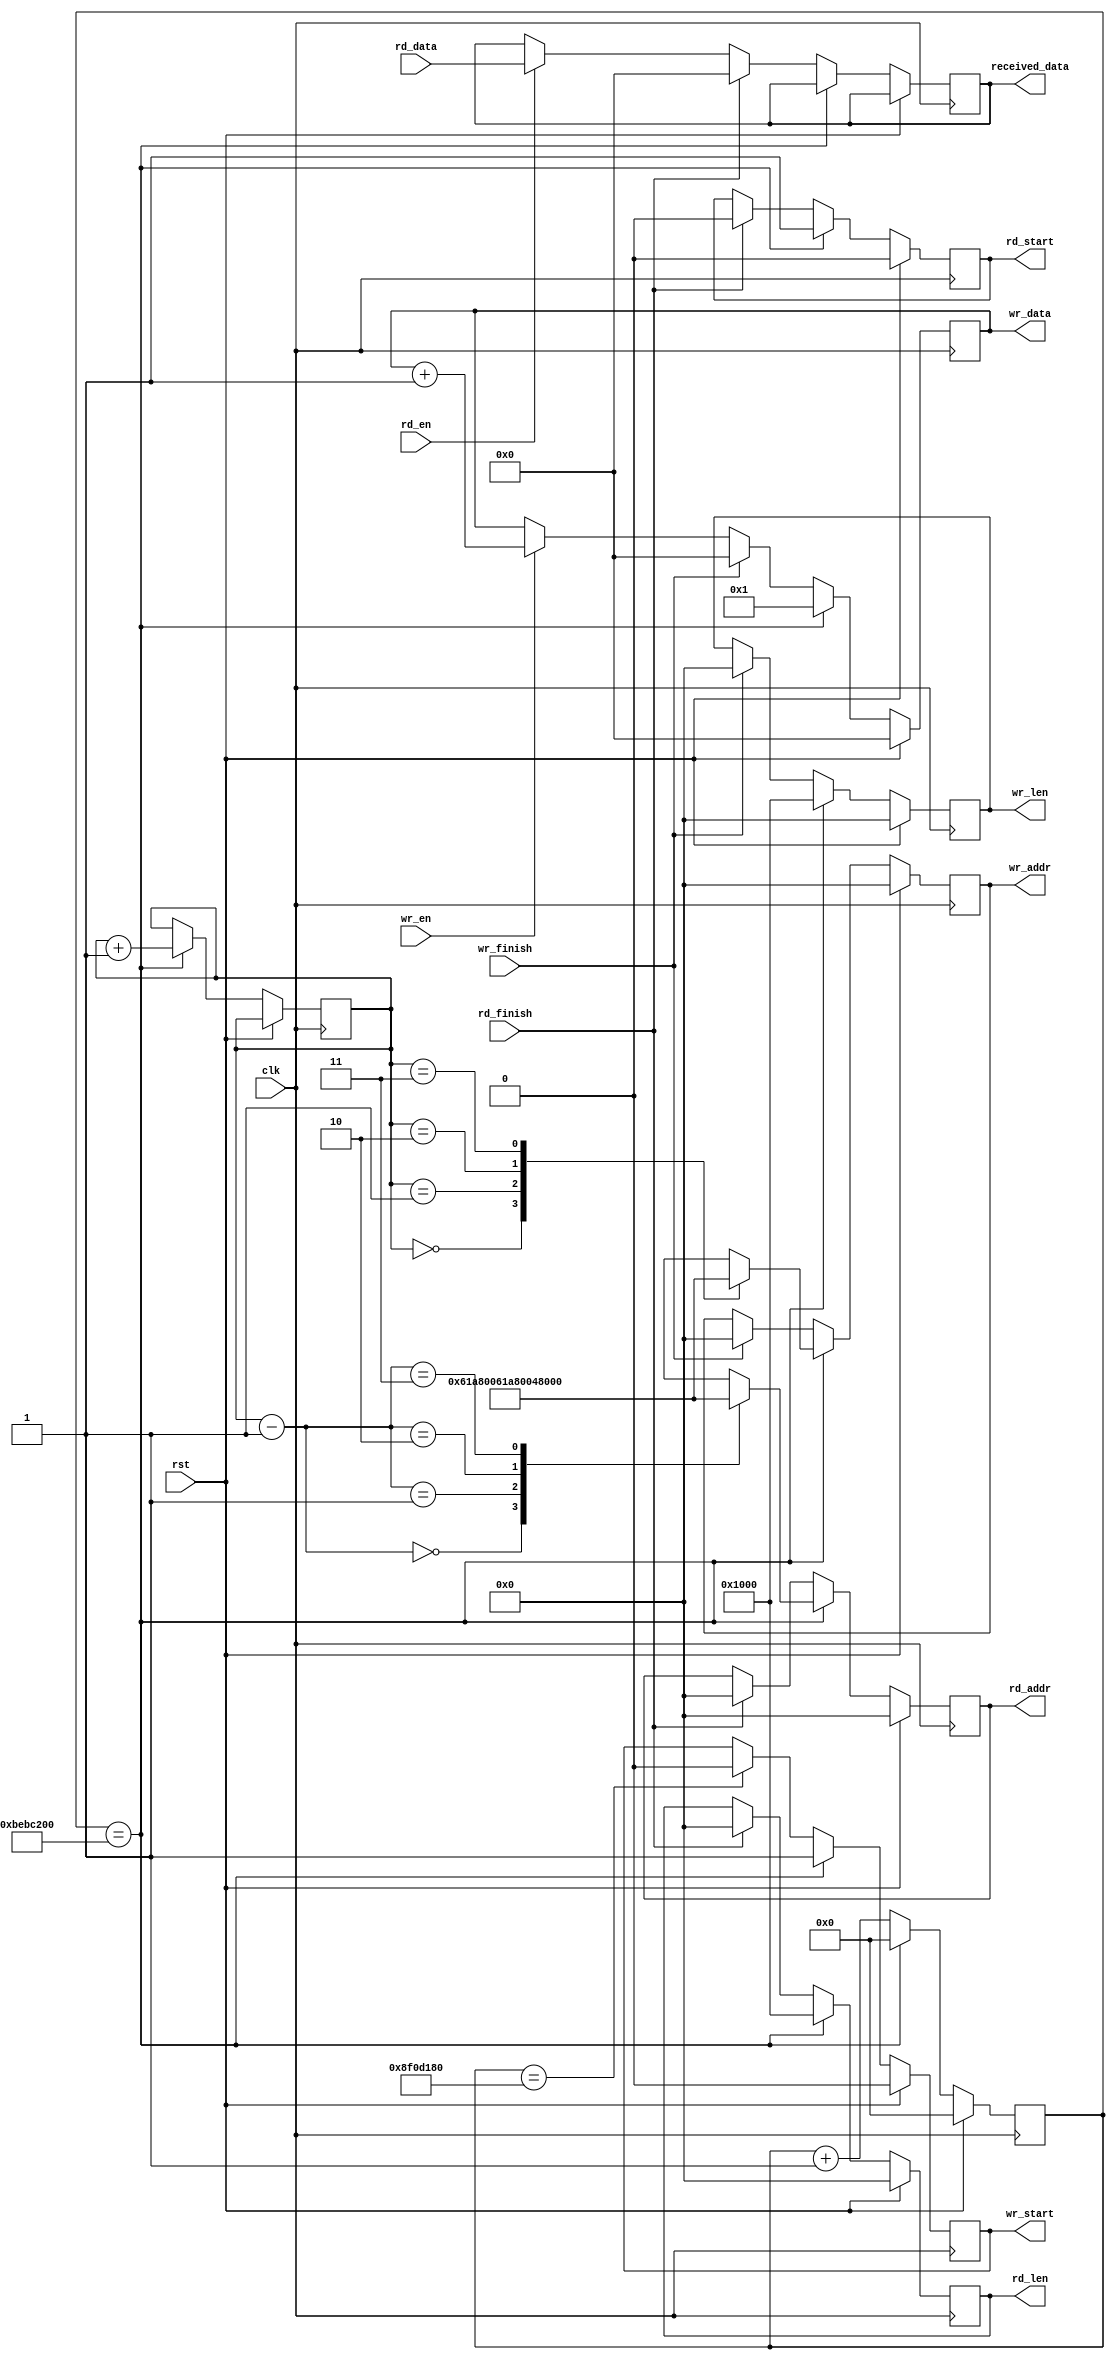
module DDR_test_input
#(
    parameter MEM_DATA_BITS          = 64,
    parameter READ_DATA_BITS         = 16,
    parameter WRITE_DATA_BITS        = 16,
    parameter ADDR_BITS              = 25,
    parameter BUSRT_BITS             = 10,
    parameter BURST_SIZE             = 64
)   
(
    input                                     clk,
    input                                     rst,


    output reg                                wr_start,
    output reg[ADDR_BITS - 1:0]               wr_addr,
    output reg[ADDR_BITS - 1:0]               wr_len,
    input                                     wr_en,
    output reg[WRITE_DATA_BITS - 1:0]         wr_data,
    input                                     wr_finish,


    output reg                                rd_start,
    output reg[ADDR_BITS - 1:0]               rd_addr,
    output reg[ADDR_BITS - 1:0]               rd_len,
    input                                     rd_en,
    input[WRITE_DATA_BITS - 1:0]              rd_data,
    input                                     rd_finish,

    output reg[WRITE_DATA_BITS - 1:0]         received_data
);
parameter  WR_RD_LEN = 25'd4096;

//
reg[ADDR_BITS - 1:0]   wr_addr_0 = 25'd0;
reg[ADDR_BITS - 1:0]   wr_addr_1 = 25'd100_000;
reg[ADDR_BITS - 1:0]   wr_addr_2 = 25'd200_000;
reg[ADDR_BITS - 1:0]   wr_addr_3 = 25'd300_000;
reg[1:0]               wr_addr_index = 2'd0;               


reg   [49:0]loop_cnt = 0;
always@(posedge clk)
begin
    if(rst)begin
        wr_start <= 0;
        loop_cnt <= 50'd0;
    end
    else if(loop_cnt == 50'd200_000_000)begin
        loop_cnt <= 50'd0;
        wr_start <= 1;
    end
    else if(loop_cnt == 50'd150_000_000)begin
        wr_start <= 0;
        loop_cnt <= loop_cnt + 50'd1;
    end
    else  
        loop_cnt <= loop_cnt + 50'd1;
end

always@(posedge clk)
begin
    if(rst)begin
        //wr_start <= 0;
        wr_addr <= 25'd0;
        wr_len <= 25'd0;
        wr_data <= 16'd0;
    end
    else if(loop_cnt == 50'd200_000_000)begin
        //wr_start <= 1;
        case(wr_addr_index)
            2'd0:   wr_addr <= wr_addr_0;
            2'd1:   wr_addr <= wr_addr_1;
            2'd2:   wr_addr <= wr_addr_2;
            2'd3:   wr_addr <= wr_addr_3;
        endcase
        wr_addr_index <= wr_addr_index + 2'd1; 
        wr_len <= WR_RD_LEN;
        wr_data <= 16'd1;
    end
    else if(wr_finish)begin
        //wr_start <= 0;
        wr_addr <= 25'd0;
        wr_len <= 25'd0;
        wr_data <= 16'd0;
    end
    else if(wr_en)begin
        wr_data <= wr_data + 16'd1;
    end
end



always@(posedge clk)
begin
    if(rst)begin
        rd_start <= 0;
        rd_addr <= 25'd0;
        rd_len <= 25'd0;
    end
    else if(loop_cnt == 50'd200_000_000)begin
        rd_start <= 1;
        case(wr_addr_index - 2'd1)
            2'd0:   rd_addr <= wr_addr_0;
            2'd1:   rd_addr <= wr_addr_1;
            2'd2:   rd_addr <= wr_addr_2;
            2'd3:   rd_addr <= wr_addr_3;
        endcase
        rd_len <= WR_RD_LEN;
    end
    else if(rd_finish)begin
        rd_start <= 0;
        rd_addr <= 25'd0;
        rd_len  <= 25'd0;
        received_data <= 16'd0;
    end
    else if(rd_en)
        received_data <= rd_data;

end



endmodule